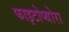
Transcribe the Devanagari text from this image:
फाइटोप्थोरा